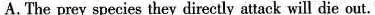
A.The prey speciea they dircetly attack will die out